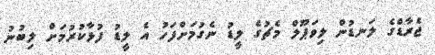
ޖެރާޑްގެ ލަނޑުން ލިވަޕޫލް މެޗުގެ ލީޑު ނެގުމަށްފަހު އެ ލީޑު ފުޅާކުރުމަށް ލިބުނު